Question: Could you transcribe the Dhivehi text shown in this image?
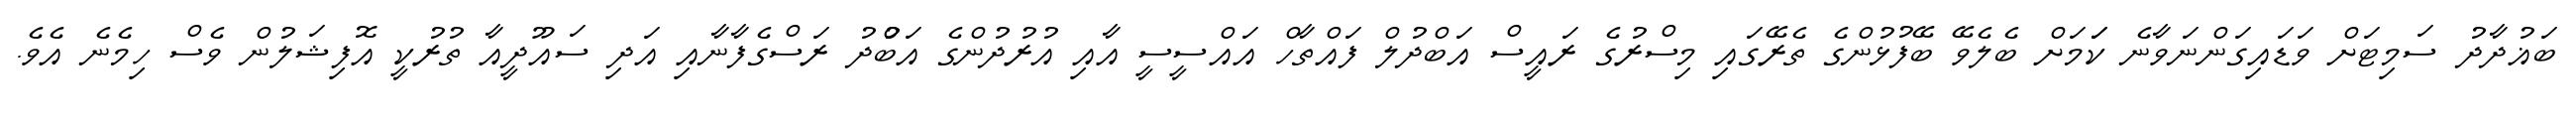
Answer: ބަޣުދާދު ސަމިޓަށް ވަޑައިގަންނަވާނެ ކަަމަށް ބެލެވޭ ބޭފުޅުންގެ ތެރޭގައި މިސްރުގެ ރައީސް އަބްދުލް ފައްތާހް އައްސީސީ އާއި އުރުދުންގެ އަބްުދު ރަސްގެފާނާއި އަދި ސައޫދީއާ ތުރުކީ އޮފިޝަލުން ވެސް ހިމެނެ އެވެ.